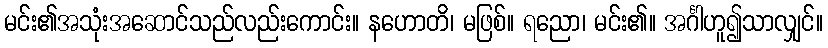
မင်း၏အသုံးအဆောင်သည်လည်းကောင်း။ နဟောတိ၊ မဖြစ်။ ရညော၊ မင်း၏။ အင်္ဂါဟူ၍သာလျှင်။